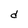
Character: d